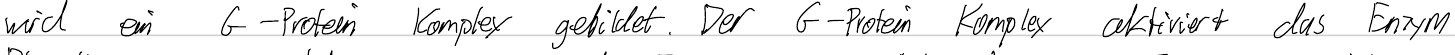
wird ein G-Protein Komplex gebildet. Der G-Protein Komplex aktiviert das Enzym